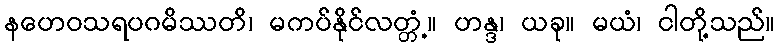
နဟေဝသရပဂမိဿတိ၊ မကပ်နိုင်လတ္တံ့။ ဟန္ဒ၊ ယခု။ မယံ၊ ငါတို့သည်။